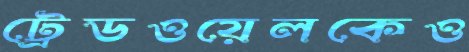
ট্রেডওয়েলকেও